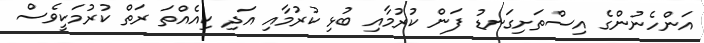
އަންހެނުންގެ އިސްތަށިގަނޑު ފަން ކުރުމާއި ބުޅި ކުރުމާއި އަދި ކިއެއްތަ ރަތް ކުރުމަކީވެސް